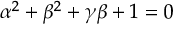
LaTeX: \alpha ^ { 2 } + \beta ^ { 2 } + \gamma \beta + 1 = 0